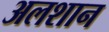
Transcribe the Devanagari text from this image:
अलशान